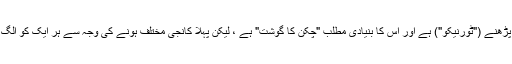
دونوں میں ایک ہی پڑھنے ("ٹورنیکو") ہے اور اس کا بنیادی مطلب "چکن کا گوشت" ہے ، لیکن پہلا کانجی مختلف ہونے کی وجہ سے ہر ایک کو الگ الگ اہمیت دیتا ہے۔